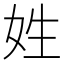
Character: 姓